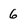
Character: 6